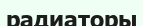
радиаторы